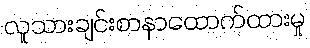
လူသားချင်းစာနာထောက်ထားမှု